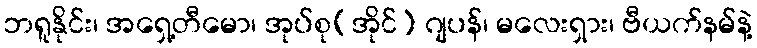
ဘရူနိုင်း၊ အရှေ့တီမော၊ အုပ်စု(အိုင်) ဂျပန်၊ မလေးရှား၊ ဗီယက်နမ်နဲ့